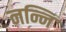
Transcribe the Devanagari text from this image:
नन्नि